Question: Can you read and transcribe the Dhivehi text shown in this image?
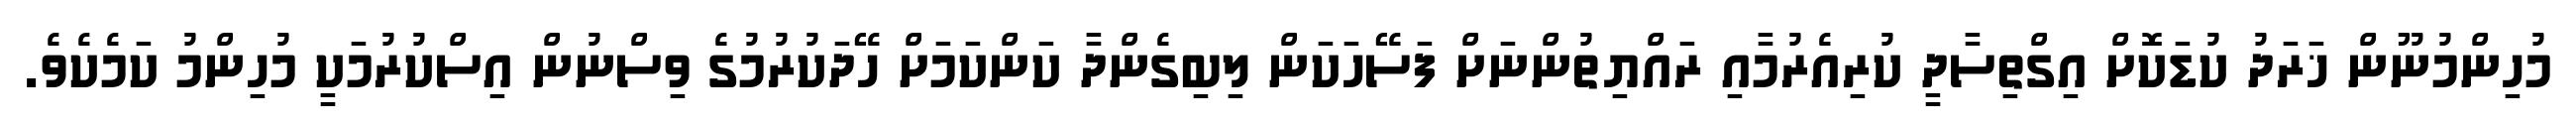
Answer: މުހިންމުނޫން ޚަރަދު ކުޑަކޮށް އިގްތިސާދީ ކުރިއެރުމާއި ރައްޔިތުންނަށް ފަސޭހަކަން ލިބިގެންދާ ކަންކަމަށް ހޭދަކުރުމުގެ ވިސްނުން އިސްކުރުމަކީ މުހިންމު ކަމެކެވެ.